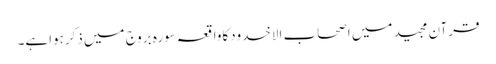
قرآن مجید میں اصحاب الاخدودکاواقعہ سورہ بروج میں ذکرہواہے۔